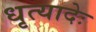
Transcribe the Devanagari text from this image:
धृत्यादेः